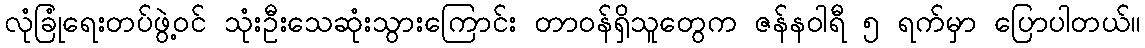
လုံခြုံရေးတပ်ဖွဲ့၀င် သုံးဦးသေဆုံးသွားကြောင်း တာ၀န်ရှိသူတွေက ဇန်နဝါရီ ၅ ရက်မှာ ပြောပါတယ်။